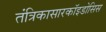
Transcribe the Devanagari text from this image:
तंत्रिकासारकॉइडोसिस